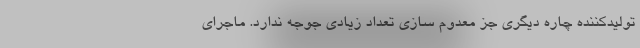
تولیدکننده چاره دیگری جز معدوم سازی تعداد زیادی جوجه ندارد. ماجرای